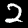
Digit: 2